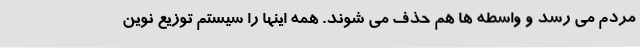
مردم می رسد و واسطه ها هم حذف می شوند. همه اینها را سیستم توزیع نوین